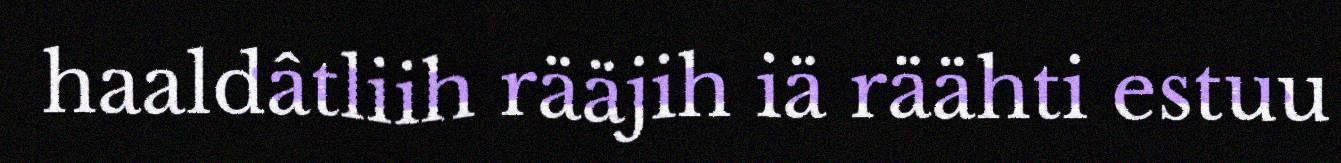
haaldâtliih rääjih iä räähti estuu